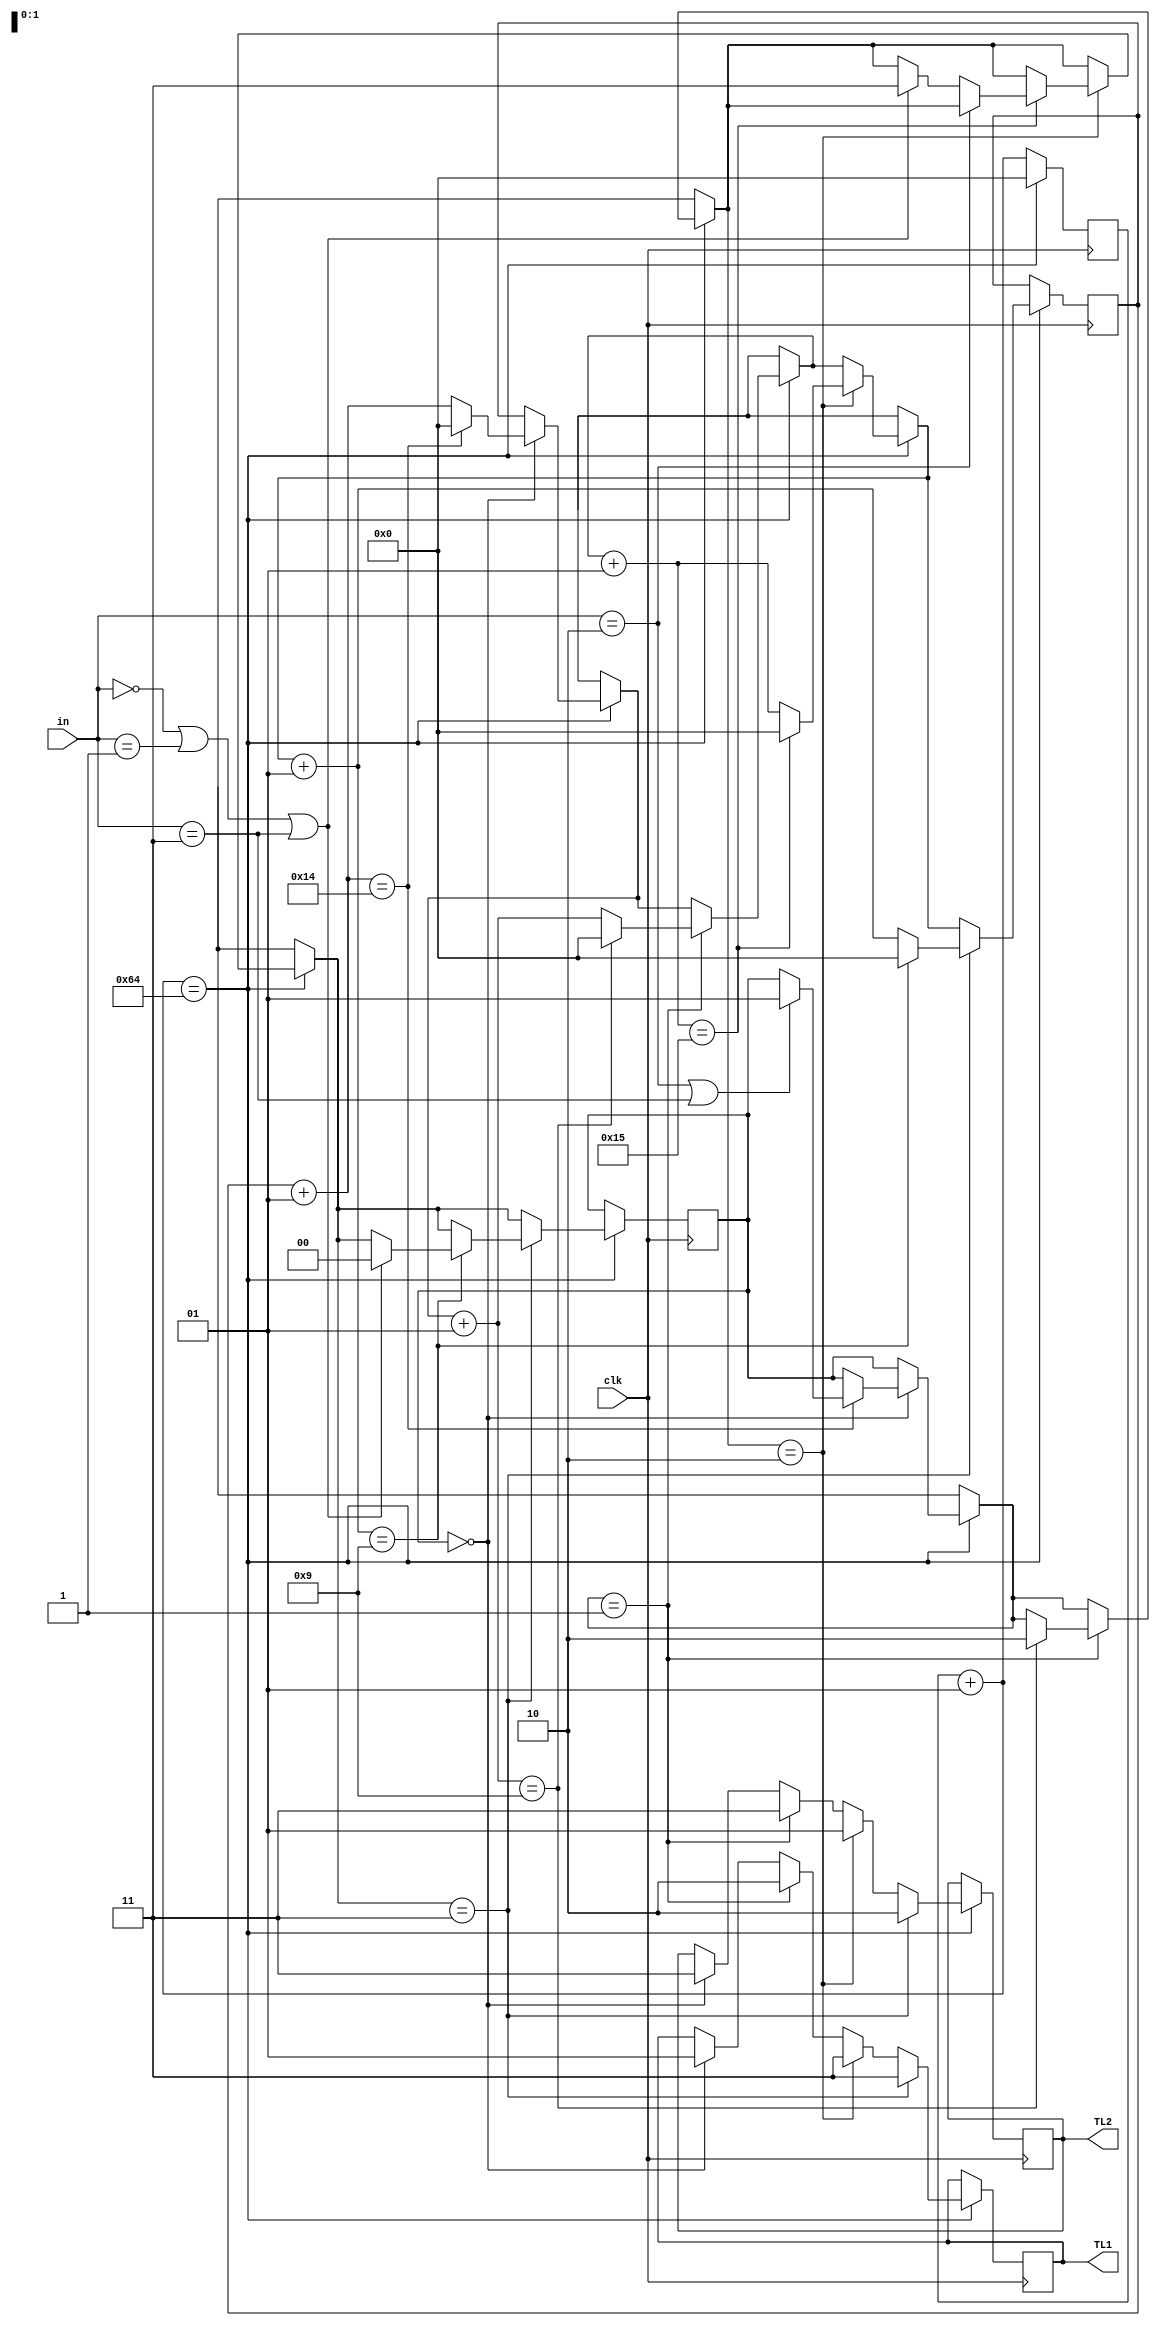
`timescale 1ns / 1ps
//////////////////////////////////////////////////////////////////////////////////
// Company: 
// Engineer: 
// 
// Design Name: 
// Module Name:    redlight 
// Project Name: 
// Target Devices: 
// Tool versions: 
// Description: 
//
// Dependencies: 
//
// Revision: 
// Revision 0.01 - File Created
// Additional Comments: 
//
//////////////////////////////////////////////////////////////////////////////////
module redlight(
    input clk,
    input [1:0] in,
    output [1:0] TL1,
    output [1:0] TL2
    );



				//initial state is s0
reg [1:0] state = 2'b00; //s0=00  s1=01   s2=10   s3=11

integer gn = 4;
integer clkfixer = 100;
integer count = 0;
integer count2 =0;

reg [1:0] TL11;  //ns
reg [1:0] TL22;  //ew

always @(posedge clk)
	begin
		//creating one seconds delays
		count = count+1;
		//every one second this if statment works
		if(count == clkfixer)
			//this if statment works every one seconds
			begin
			count =0;
			
			//state s0
			if (state == 2'b00)
				begin
				TL11<=2'b01;//ns is green
				TL22<=2'b11;//ew  is red
				//waiting groupnumber * 5 seconds
				count2 = count2 + 1;
				if(count2 == gn*5)
					//delay has done
					begin
					count2 = 0;
					if(in == 2'b10 || in == 2'b11)
						begin
						//changing state to s1
						state = 2'b01;
						count2 = 0;
						end
					end	
			end
			
			//state s1
			if (state == 2'b01)
				begin
				TL11<=2'b10;//ns is red
				TL22<=2'b11;//ew  is red
				//waiting groupnumber * 2 seconds
				count2 = count2 + 1;
				if(count2 == gn*2 +1)
					//delay has done
					begin
					count2 = 0;
						//changing state to state s2
						state = 2'b10;
						count2 = 0;
					end	
			end
	
			//state s2
			if (state == 2'b10)
				begin
				TL11<=2'b11;//ns is red
				TL22<=2'b01;//ew  is green
				//waiting groupnumber * 5 seconds
				count2 = count2 + 1;
				if(count2 == gn*5 +1)
					//delay has done
					begin
					count2 = 0;
					if(in == 2'b10)
						begin
						//no change
						count2 = 0;
						end
					else if (in == 2'b00 || in == 2'b01 || in == 2'b11)
						begin
						state = 2'b11;
						count2 = 0;
						end
					end	
			end
			
			//state s3
			if (state == 2'b11)
				begin
				TL11<=2'b11;//ns is red
				TL22<=2'b10;//ew  is yellow
				//waiting groupnumber * 2 seconds
				count2 = count2 + 1;
				if(count2 == gn*2 +1)
					//delay has done
					begin
					count2 = 0;
					if(in == 2'b00 || in == 2'b01 || in == 2'b11)
						begin
						//change to s0
						state = 2'b00;
						count2 = 0;
						end
			end
	
	
		end
	end
	end

assign TL1 = TL11;
assign TL2 = TL22;

endmodule